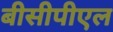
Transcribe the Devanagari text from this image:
बीसीपीएल